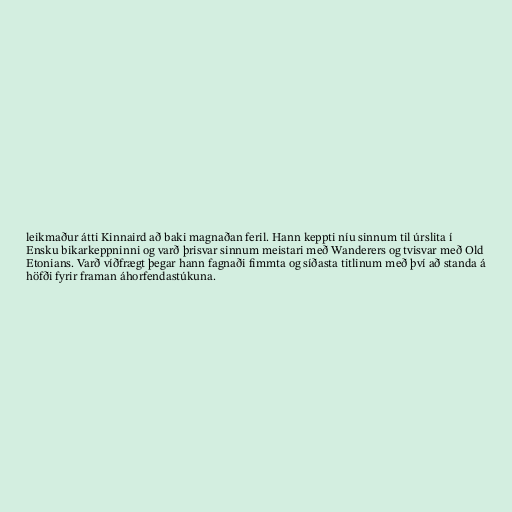
leikmaður átti Kinnaird að baki magnaðan feril. Hann keppti níu sinnum til úrslita í
Ensku bikarkeppninni og varð þrisvar sinnum meistari með Wanderers og tvisvar með Old
Etonians. Varð víðfrægt þegar hann fagnaði fimmta og síðasta titlinum með því að standa á
höfði fyrir framan áhorfendastúkuna.